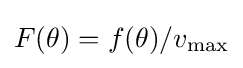
F(\theta )=f(\theta )/v_{\mathrm {max} }